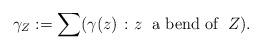
LaTeX: \begin{align*} \gamma_Z:=\sum(\gamma(z)\;\colon z\;\; \mbox{a bend of}\;\; Z). \end{align*}